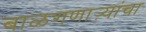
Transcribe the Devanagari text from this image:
बाळगणाऱ्यांचा